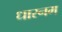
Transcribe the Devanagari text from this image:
धारनम